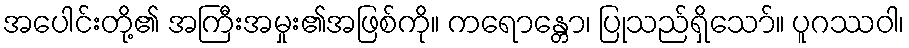
အပေါင်းတို့၏ အကြီးအမှုး၏အဖြစ်ကို။ ကရောန္တော၊ ပြုသည်ရှိသော်။ ပူဂဿဝါ၊